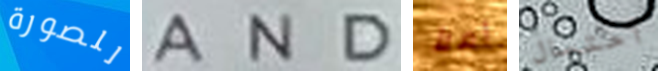
للصورة AND أملأ أحتمال